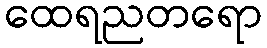
ထေရညတရော